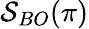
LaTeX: \mathcal{S}_{BO}(\pi)